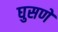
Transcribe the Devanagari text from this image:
घुसणे